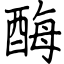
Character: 酶